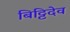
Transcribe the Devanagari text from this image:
बिट्टिदेव